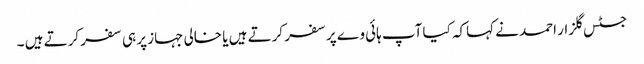
جسٹس گلزار احمد نے کہاکہ کیا آپ ہائی وے پر سفر کرتے ہیں یا خالی جہاز پر ہی سفر کرتے ہیں ۔